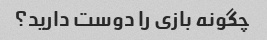
چگونه بازی را دوست دارید؟